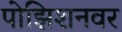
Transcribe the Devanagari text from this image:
पोझिशनवर